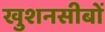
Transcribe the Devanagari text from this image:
खुशनसीबों